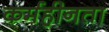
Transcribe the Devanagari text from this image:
कर्महीनता